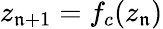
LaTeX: z_{\mathfrak{n}+1}=f_{c}(z_{\mathfrak{n}})